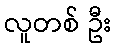
လူတစ် ဦး